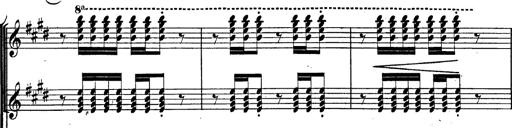
Title: BÃ©nÃ©diction et serment
Composer: Franz Liszt